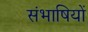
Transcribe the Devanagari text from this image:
संभाषियों